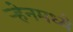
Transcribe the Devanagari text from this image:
ऱ्हेनमध्ये